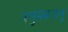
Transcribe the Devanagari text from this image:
अलुमकदावू